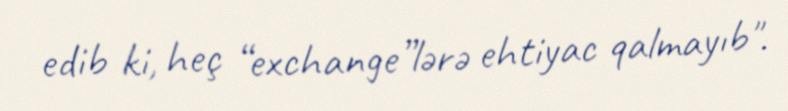
edib ki, heç “exchange”lərə ehtiyac qalmayıb".